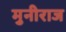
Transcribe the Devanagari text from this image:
मुनीराज